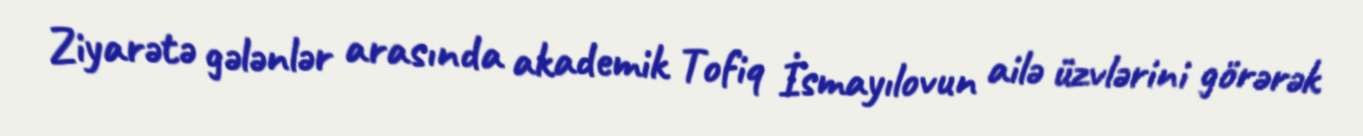
Ziyarətə gələnlər arasında akademik Tofiq İsmayılovun ailə üzvlərini görərək